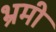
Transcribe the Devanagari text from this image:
भ्रमी